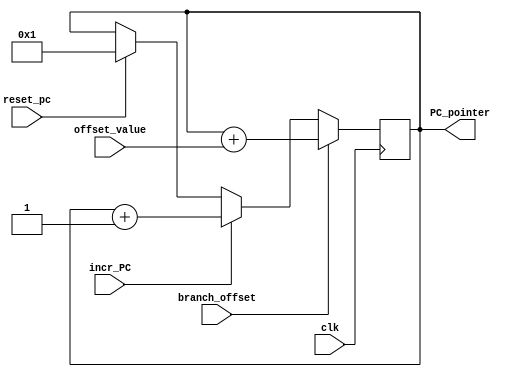
`timescale 1ns / 1ps
//////////////////////////////////////////////////////////////////////////////////
// Company: 
// Engineer: 
// 
// Design Name: 
// Module Name: PC_Module
// Project Name: 
// Target Devices: 
// Tool Versions: 
// Description: 
// 
// Dependencies: 
// 
// Revision:
// Revision 0.01 - File Created
// Additional Comments:
// 
//////////////////////////////////////////////////////////////////////////////////


module PC_Module(
    input incr_PC,
    input branch_offset,
    input [3:0] offset_value,
    output [14:0] PC_pointer,
    input clk,
    input reset_pc
    );
    
    reg [14:0]PC_reg = 0;
    
   
    
    assign PC_pointer = PC_reg;
    
    always@(posedge clk)
    begin
      if(reset_pc == 1)
        PC_reg <= 1;      
      if(incr_PC == 1)
      begin
        PC_reg <= PC_reg + 1'b1;
      end
      if(branch_offset == 1)
      begin
        PC_reg <= PC_reg + offset_value;
      end
      
    end

endmodule